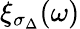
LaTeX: \xi_{\sigma_{\Delta}}(\omega)